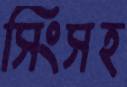
সিংসহ